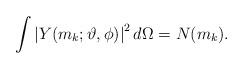
LaTeX: \begin{align*}\int \left| Y(m_{k};\vartheta ,\phi )\right| ^{2}d\Omega =N(m_{k}).\end{align*}